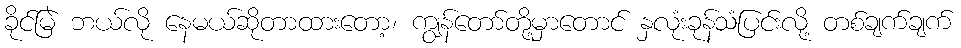
ခိုင်မြဲ ဘယ်လို နေမယ်ဆိုတာထားတော့၊ ကျွန်တော်တို့မှာတောင် နှလုံးခုန်သံပြင်းလို့ တစ်ချက်ချက်